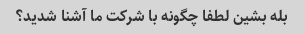
بله بشین لطفا چگونه با شرکت ما آشنا شدید؟